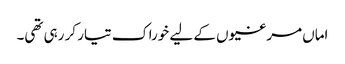
اماں مرغیوں کے لیے خوراک تیار کر رہی تھی۔